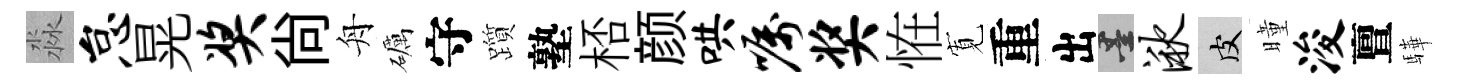
淼怠晃奖尚舟礪守躓塾桮颜哄嘱奖恠𡩖重出墨湫皮曈浚亶驊